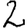
Digit: 2